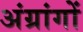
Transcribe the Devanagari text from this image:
अंग्रांगों